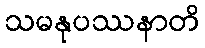
သမနုပဿနာတိ